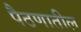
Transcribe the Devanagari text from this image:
पैठणातील